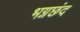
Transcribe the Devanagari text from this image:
भग्नछंद